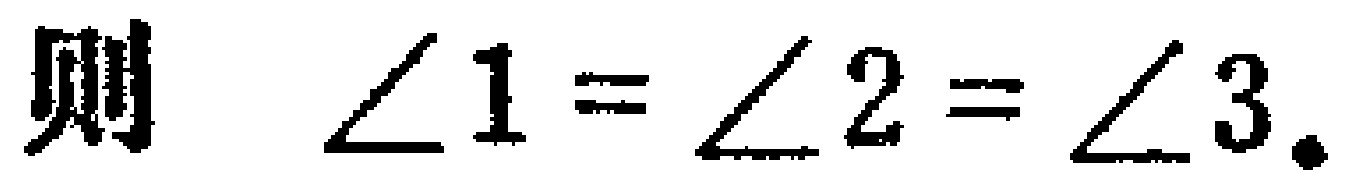
则 $\angle 1 = \angle 2 = \angle 3.$